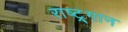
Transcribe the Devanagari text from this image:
राष्ट्र्गान